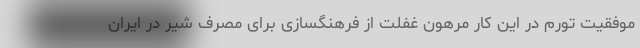
موفقیت تورم در این کار مرهون غفلت از فرهنگسازی برای مصرف شیر در ایران